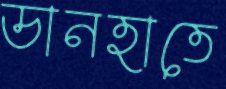
ডানহাতে